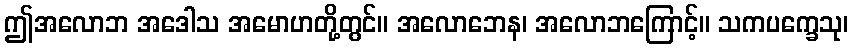
ဤအလောဘ အဒေါသ အမောဟတို့တွင်။ အလောဘေန၊ အလောဘကြောင့်။ သကပက္ခေသု၊